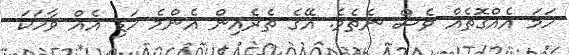
ހަމަ އެއްގޮތެއް ވެސް ނެތެވެ. އޭގެ ތެރެއިން އެންމެ ހަޑި އެއް ވާހަކަ